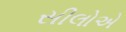
સીલોએ